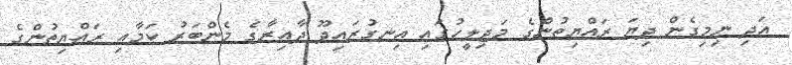
އަދި ނިމިގެން ދިޔަ ރައްޔިތުންގެ މަޖިލީހުގައި އިނގުރައިދޫ ދާއިރާގެ މެންބަރު ކަމާއި ރައްޔިތުންގެ